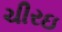
ચીરઇ